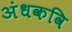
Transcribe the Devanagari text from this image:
अंधकवि